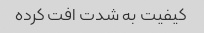
کیفیت به شدت افت کرده